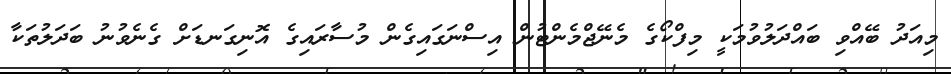
މިއަދު ބޭއްވި ބައްދަލުވުމަކީ މިފްކޯގެ މެނޭޖްމެންޓުން އިސްނަގައިގެން މުސާރައިގެ އޮނިގަނޑަށް ގެނެވުނު ބަދަލުތަކާ